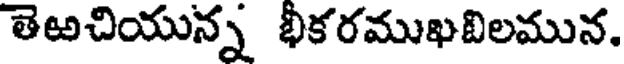
తెఱచియున్న భీకరముఖబిలమున.